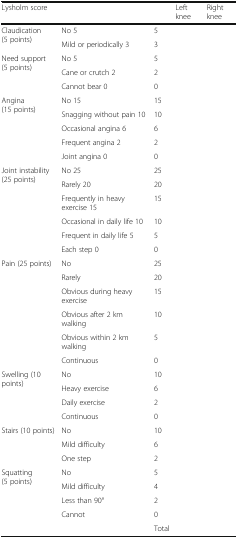
<table><thead><tr><td colspan="3"><b>Lysholm score</b></td><td><b>Left knee</b></td><td><b>Right knee</b></td></tr></thead><tbody><tr><td rowspan="2">Claudication (5 points)</td><td>No 5</td><td>5</td><td></td><td></td></tr><tr><td>Mild or periodically 3</td><td>3</td><td></td><td></td></tr><tr><td rowspan="3">Need support (5 points)</td><td>No 5</td><td>5</td><td></td><td></td></tr><tr><td>Cane or crutch 2</td><td>2</td><td></td><td></td></tr><tr><td>Cannot bear 0</td><td>0</td><td></td><td></td></tr><tr><td rowspan="5">Angina (15 points)</td><td>No 15</td><td>15</td><td></td><td></td></tr><tr><td>Snagging without pain 10</td><td>10</td><td></td><td></td></tr><tr><td>Occasional angina 6</td><td>6</td><td></td><td></td></tr><tr><td>Frequent angina 2</td><td>2</td><td></td><td></td></tr><tr><td>Joint angina 0</td><td>0</td><td></td><td></td></tr><tr><td rowspan="6">Joint instability (25 points)</td><td>No 25</td><td>25</td><td></td><td></td></tr><tr><td>Rarely 20</td><td>20</td><td></td><td></td></tr><tr><td>Frequently in heavy exercise 15</td><td>15</td><td></td><td></td></tr><tr><td>Occasional in daily life 10</td><td>10</td><td></td><td></td></tr><tr><td>Frequent in daily life 5</td><td>5</td><td></td><td></td></tr><tr><td>Each step 0</td><td>0</td><td></td><td></td></tr><tr><td rowspan="6">Pain (25 points)</td><td>No</td><td>25</td><td></td><td></td></tr><tr><td>Rarely</td><td>20</td><td></td><td></td></tr><tr><td>Obvious during heavy exercise</td><td>15</td><td></td><td></td></tr><tr><td>Obvious after 2 km walking</td><td>10</td><td></td><td></td></tr><tr><td>Obvious within 2 km walking</td><td>5</td><td></td><td></td></tr><tr><td>Continuous</td><td>0</td><td></td><td></td></tr><tr><td rowspan="4">Swelling (10 points)</td><td>No</td><td>10</td><td></td><td></td></tr><tr><td>Heavy exercise</td><td>6</td><td></td><td></td></tr><tr><td>Daily exercise</td><td>2</td><td></td><td></td></tr><tr><td>Continuous</td><td>0</td><td></td><td></td></tr><tr><td rowspan="3">Stairs (10 points)</td><td>No</td><td>10</td><td></td><td></td></tr><tr><td>Mild difficulty</td><td>6</td><td></td><td></td></tr><tr><td>One step</td><td>2</td><td></td><td></td></tr><tr><td rowspan="4">Squatting (5 points)</td><td>No</td><td>5</td><td></td><td></td></tr><tr><td>Mild difficulty</td><td>4</td><td></td><td></td></tr><tr><td>Less than 90°</td><td>2</td><td></td><td></td></tr><tr><td>Cannot</td><td>0</td><td></td><td></td></tr><tr><td></td><td></td><td>Total</td><td></td><td></td></tr></tbody></table>